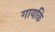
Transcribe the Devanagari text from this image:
गायकि